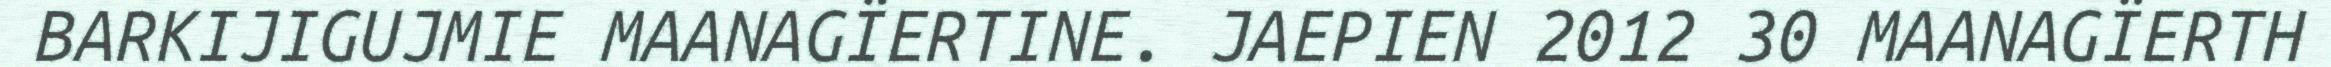
BARKIJIGUJMIE MAANAGÏERTINE. JAEPIEN 2012 30 MAANAGÏERTH